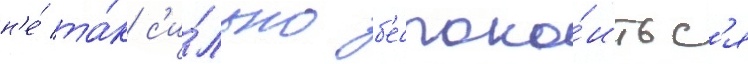
н'е́ та́к с'и́льно б'еспоко́итьс'я